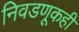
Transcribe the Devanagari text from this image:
निवडणूकही